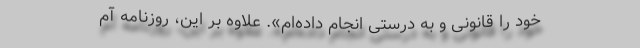
خود را قانونی و به درستی انجام داده‌ام». علاوه بر این، روزنامه آم